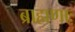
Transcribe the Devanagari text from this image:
ब्राह्मणाः